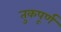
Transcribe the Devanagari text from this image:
तुकपूर्ण